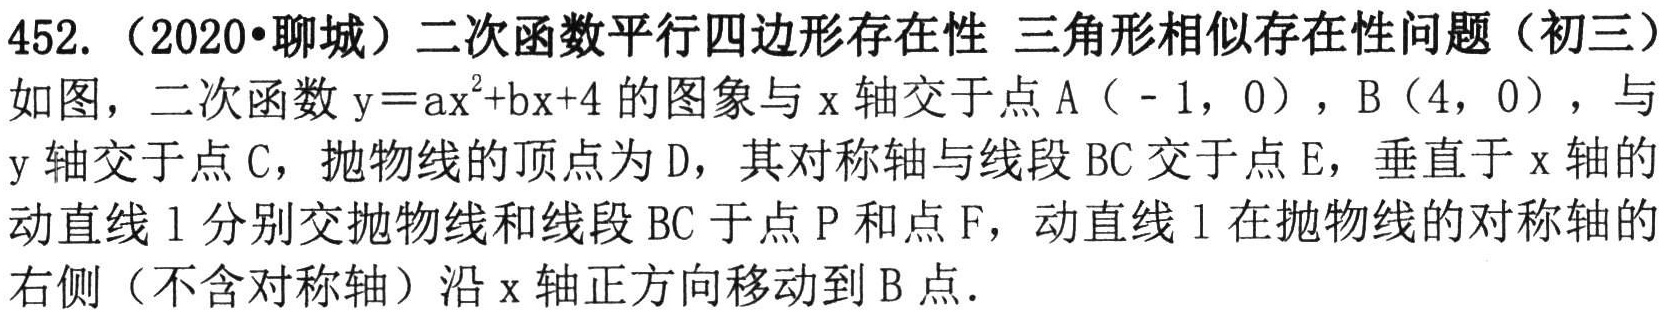
452.（2020•聊城）二次函数平行四边形存在性 三角形相似存在性问题（初三）
如图，二次函数\(y = ax^{2}+bx + 4\)的图象与\(x\)轴交于点\(A(-1,0)\)，\(B(4,0)\)，与\(y\)轴交于点\(C\)，抛物线的顶点为\(D\)，其对称轴与线段\(BC\)交于点\(E\)，垂直于\(x\)轴的动直线\(l\)分别交抛物线和线段\(BC\)于点\(P\)和点\(F\)，动直线\(l\)在抛物线的对称轴的右侧（不含对称轴）沿\(x\)轴正方向移动到\(B\)点.